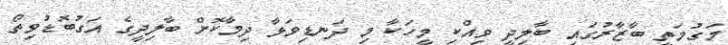
މަގުމަތީ ބާޒާރުގައި ބާލިދީ ވިއްކި މީހަކާ މި ދަނޑިވަޅާ ދިމާކޮށް ބާލިދީގެ އަގުބޮޑުވިތޯ